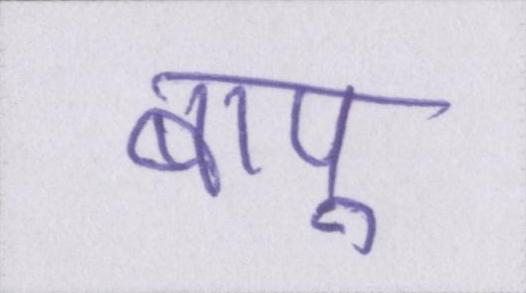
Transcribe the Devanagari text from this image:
बापू